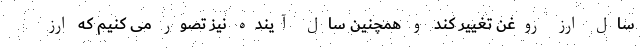
سال ارز روغن تغییر کند و همچنین سال آینده نیز تصور می کنیم که ارز